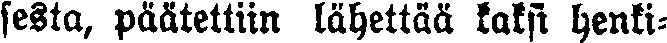
sesta, päätettiin lähettää kaksi henki-